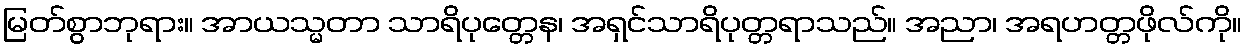
မြတ်စွာဘုရား။ အာယသ္မတာ သာရိပုတ္တေန၊ အရှင်သာရိပုတ္တရာသည်။ အညာ၊ အရဟတ္တဖိုလ်ကို။